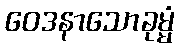
ဝေဒနာသောခုမ္မံ